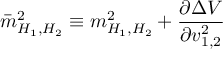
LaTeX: \bar { m } _ { H _ { 1 } , H _ { 2 } } ^ { 2 } \equiv m _ { H _ { 1 } , H _ { 2 } } ^ { 2 } + \frac { \partial \Delta V } { \partial { v _ { 1 , 2 } ^ { 2 } } }